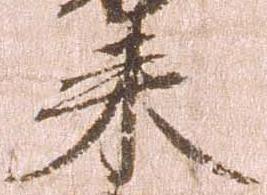
来